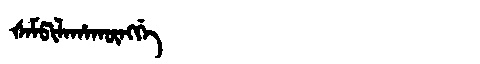
Manchu: ᡧᠠᠮᡦᡳᠯᠠᡥᠠᡴᡡᠩᡤᡝ
Romanization: ŠAMPILAHAKŪNGGE